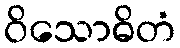
ဝိသောဓိတံ